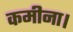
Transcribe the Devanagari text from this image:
कमीना।